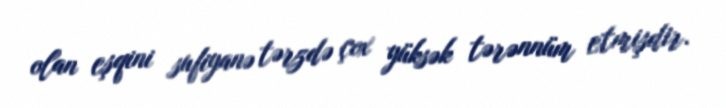
olan eşqini sufiyanə tərzdə çox yüksək tərənnüm etmişdir.